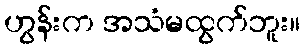
ဟွန်းက အသံမထွက်ဘူး။